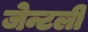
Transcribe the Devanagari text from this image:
जेन्टली